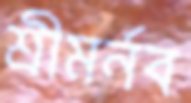
শ্রীমর্নব